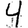
Digit: 4